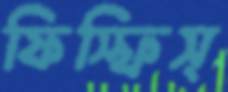
ফিস্‌ফিস্‌